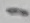
Text: 1